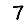
Digit: 7